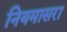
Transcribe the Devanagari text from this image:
नियमासरा